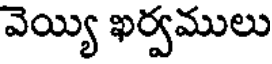
వెయ్యి ఖర్వములు